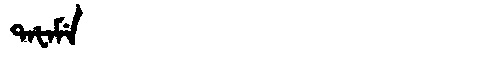
Manchu: ᡨᠠᡶᠠᠮᡝ
Romanization: TAFAME